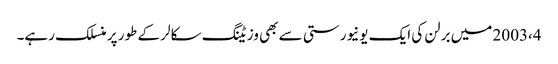
2003،4 میں برلن کی ایک یونیورستی سے بھی وزیٹنگ سکالر کے طور پر منسلک رہے۔